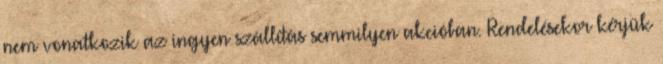
nem vonatkozik az ingyen szállítás semmilyen akcióban. Rendelésekor kérjük